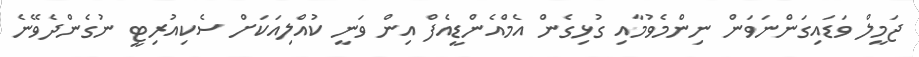
ޖަމީލް ވަޑައިގަންނަވަން ނިންމެވުމާއި ގުޅިގެން އެމްއެންޑީއެފް އިން ވަނީ ކުއްލިއަކަށް ސެކިއުރިޓީ ނުގެންދެވޭނެ